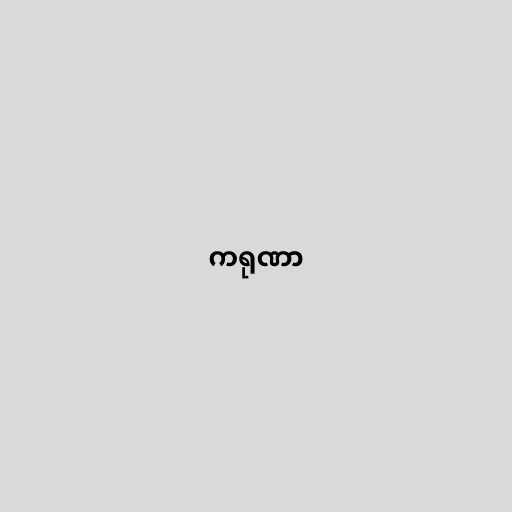
ကရုဏာ